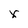
Character: x